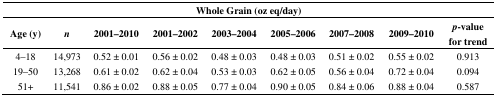
<table><thead><tr><td colspan="9"><b>Whole Grain (oz eq/day)</b></td></tr><tr><td><b>Age (y)</b></td><td><b><i>n</i></b></td><td><b>2001–2010</b></td><td><b>2001–2002</b></td><td><b>2003–2004</b></td><td><b>2005–2006</b></td><td><b>2007–2008</b></td><td><b>2009–2010</b></td><td><b><i>p</i>-value for trend</b></td></tr></thead><tbody><tr><td>4–18</td><td>14,973</td><td>0.52 ± 0.01</td><td>0.56 ± 0.02</td><td>0.48 ± 0.03</td><td>0.48 ± 0.03</td><td>0.51 ± 0.02</td><td>0.55 ± 0.02</td><td>0.913</td></tr><tr><td>19–50</td><td>13,268</td><td>0.61 ± 0.02</td><td>0.62 ± 0.04</td><td>0.53 ± 0.03</td><td>0.62 ± 0.05</td><td>0.56 ± 0.04</td><td>0.72 ± 0.04</td><td>0.094</td></tr><tr><td>51+</td><td>11,541</td><td>0.86 ± 0.02</td><td>0.88 ± 0.05</td><td>0.77 ± 0.04</td><td>0.90 ± 0.05</td><td>0.84 ± 0.06</td><td>0.88 ± 0.04</td><td>0.587</td></tr></tbody></table>